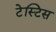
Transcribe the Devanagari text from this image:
टेस्टिस